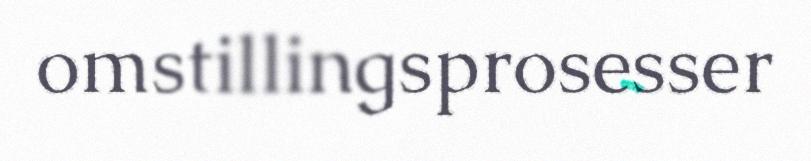
omstillingsprosesser